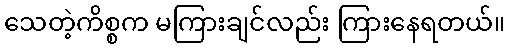
သေတဲ့ကိစ္စက မကြားချင်လည်း ကြားနေရတယ်။